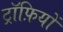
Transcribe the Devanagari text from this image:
ट्रॉफ़ियों